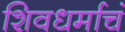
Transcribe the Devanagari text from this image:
शिवधर्माचं